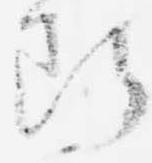
断